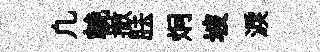
凢輓撤胠炯坡淚